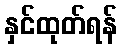
နှင်ထုတ်ရန်